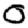
Digit: 0